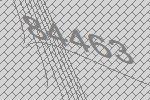
84463